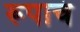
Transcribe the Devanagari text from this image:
रूपाचं